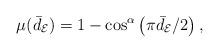
LaTeX: \begin{align*} \mu(\bar{d}_{\mathcal{E}})=1-\cos^{\alpha}\left(\pi \bar{d}_{\mathcal{E}}/2\right),\end{align*}